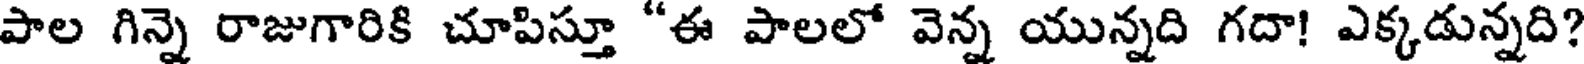
పాల గిన్నె రాజుగారికి చూపిస్తూ "ఈ పాలలో వెన్న యున్నది గదా! ఎక్కడున్నది?